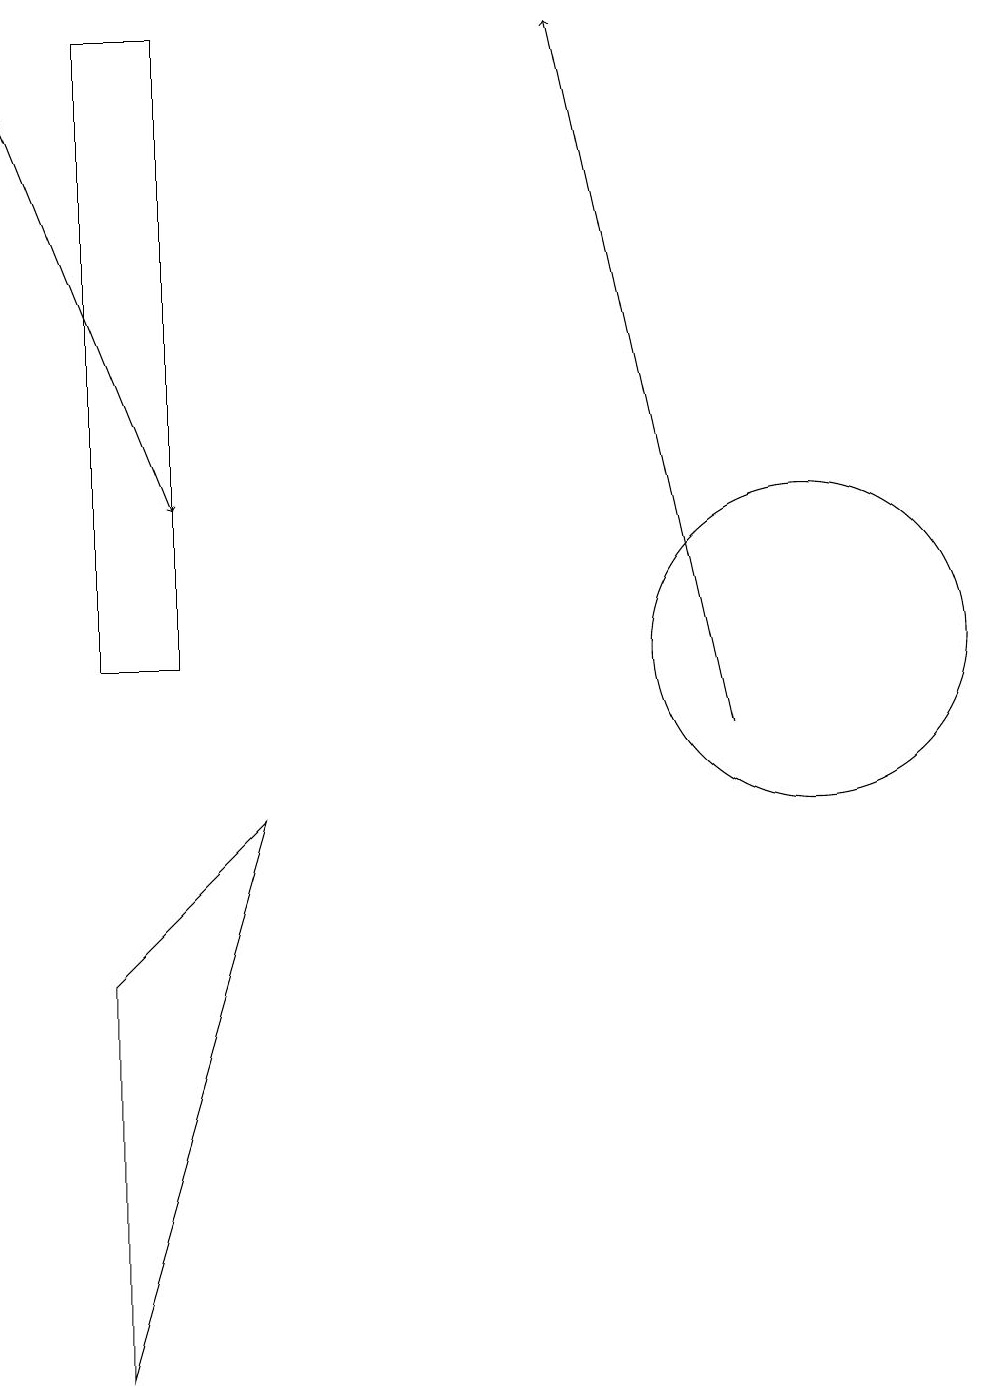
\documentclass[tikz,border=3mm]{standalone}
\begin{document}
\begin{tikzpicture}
\draw[->] (0,18) -- (2,13);
\draw[->] (9,10) -- (7,19);
\draw (1,11) rectangle (2,19);
\draw (1,2) -- (1,7) -- (3,9) -- cycle;
\draw (10,11) circle (2);
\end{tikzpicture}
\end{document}